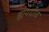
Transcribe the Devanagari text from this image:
ह्ययग्रीव